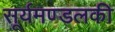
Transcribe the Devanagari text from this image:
सूर्यमण्डलकी